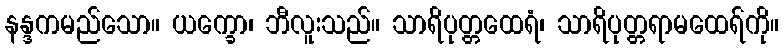
နန္ဒကမည်သော။ ယက္ခော၊ ဘီလူးသည်။ သာရိပုတ္တထေရံ၊ သာရိပုတ္တရာမထေရ်ကို။